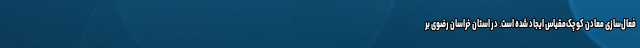
فعال‌سازی معادن کوچک‌مقیاس ایجاد شده‌ است. در استان خراسان‌ رضوی بر